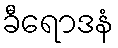
ခီရောဒနံ